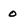
Character: o